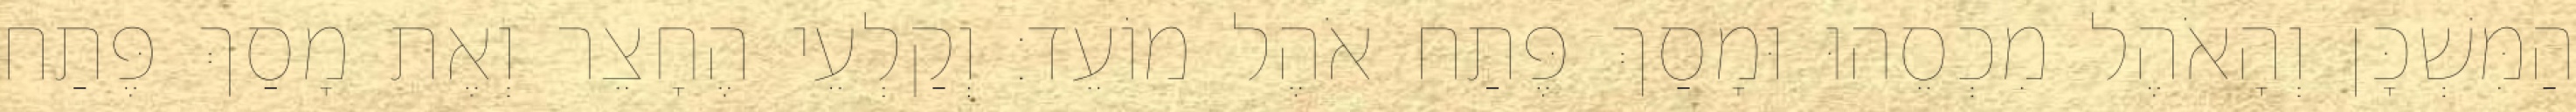
הַמִּשְׁכָּן וְהָאֹהֶל מִכְסֵהוּ וּמָסַךְ פֶּתַח אֹהֶל מוֹעֵד׃ וְקַלְעֵי הֶחָצֵר וְאֶת מָסַךְ פֶּתַח